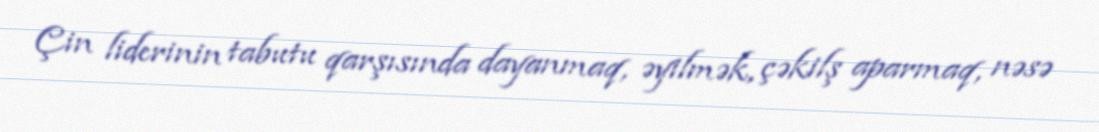
Çin liderinin tabutu qarşısında dayanmaq, əyilmək, çəkilş aparmaq, nəsə